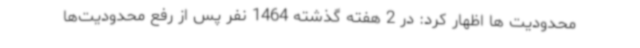
محدودیت ها اظهار کرد: در 2 هفته گذشته 1464 نفر پس از رفع محدودیت‌ها